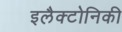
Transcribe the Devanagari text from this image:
इलैक्टोनिकी